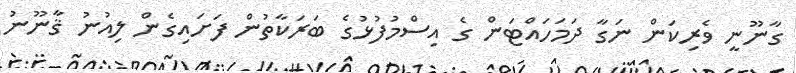
ގާނޫނީ ވެރިކަން ނަގާ ދަމަހައްޓަން ގެ އިސްމުފުޅުގެ ބަރަކާތުން ފަށައިގެން ލިއުނު ޤާނޫނު